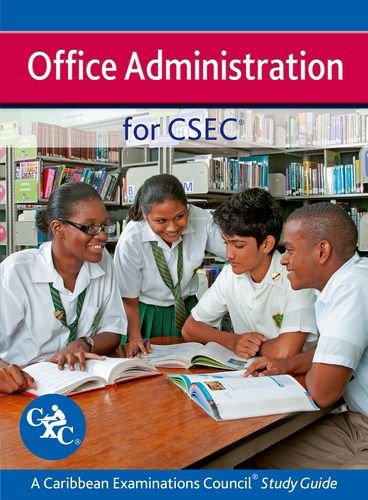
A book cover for Office Administration for CSEC - A Caribbean Examinations Council Study Guide; Carol Neild; Teen & Young Adult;